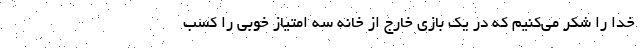
خدا را شکر می‌کنیم که در یک بازی خارج از خانه سه امتیاز خوبی را کسب